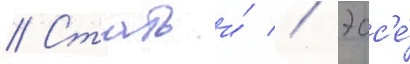
// Статьи́ // Эсс'е́